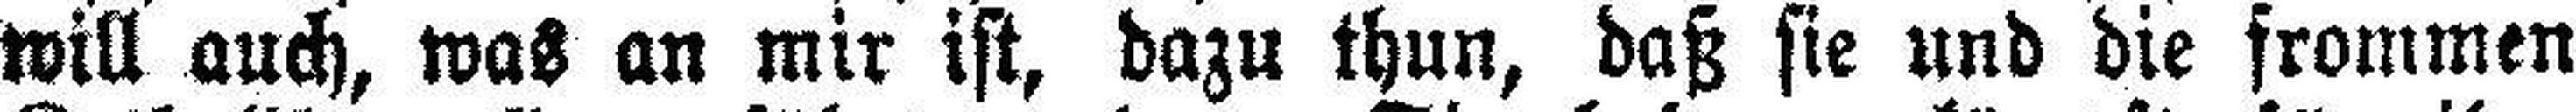
will auch, was an mir ist, dazu thun, daß sie und die frommen